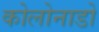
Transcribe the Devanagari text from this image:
कोलोनाडो